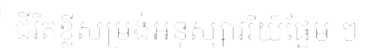
ជីវិតខ្លីសម្រង់អនុស្សាវរីយ៍ផ្អែម ៗ